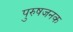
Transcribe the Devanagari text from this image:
पुरुषजनक